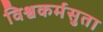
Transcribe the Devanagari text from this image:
विश्वकर्मसुता